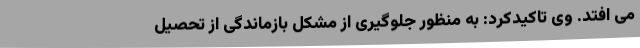
می افتد. وی تاکیدکرد: به منظور جلوگیری از مشکل بازماندگی از تحصیل